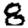
Digit: 8